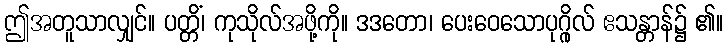
ဤအတူသာလျှင်။ ပတ္တိံ၊ ကုသိုလ်အဖို့ကို။ ဒဒတော၊ ပေးဝေသောပုဂ္ဂိုလ် ဧသန္တာန်၌ ၏။